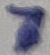
Text: 7